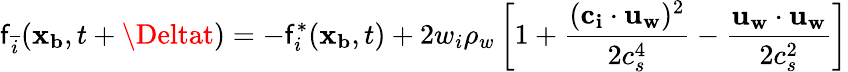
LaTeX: \mathsf{f}_{\overline{{{i}}}}(\mathbf{{x_{b}}},t+\Deltat)=-\mathsf{f}_{i}^{*}(\mathbf{{x_{b}}},t)+2w_{i}\rho_{w}\left[1+\frac{{(\mathbf{{c_{i}}}\cdot\mathbf{{u_{w}}})^{2}}}{{2c_{s}^{4}}}-\frac{{\mathbf{{u_{w}}}\cdot\mathbf{{u_{w}}}}}{{2c_{s}^{2}}}\right]